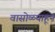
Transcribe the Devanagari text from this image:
वासोळ्याहून